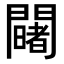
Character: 𨷄